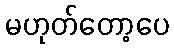
မဟုတ်တော့ပေ